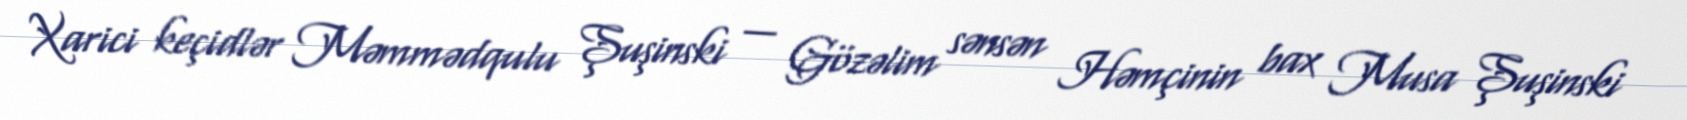
Xarici keçidlər Məmmədqulu Şuşinski — Gözəlim sənsən Həmçinin bax Musa Şuşinski